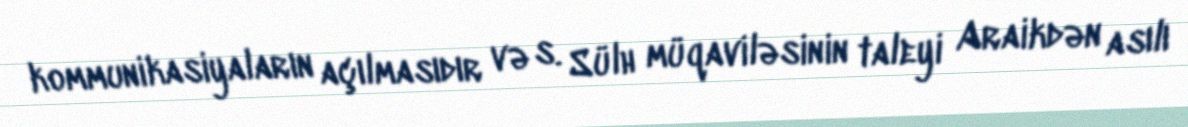
kommunikasiyaların açılmasıdır və s. Sülh müqaviləsinin taleyi Araikdən asılı